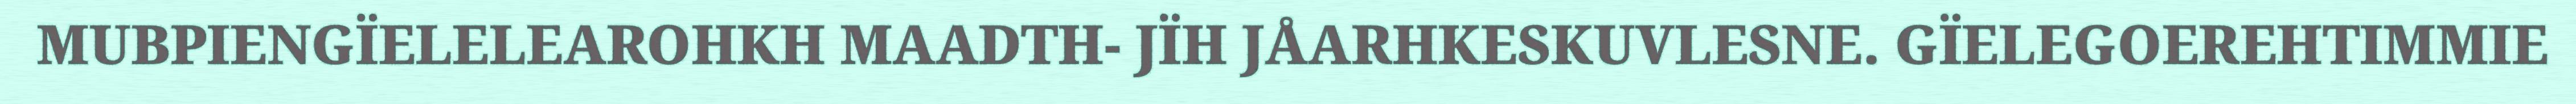
MUBPIENGÏELELEAROHKH MAADTH- JÏH JÅARHKESKUVLESNE. GÏELEGOEREHTIMMIE